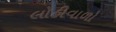
લોહીવાળો